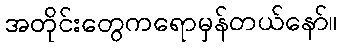
အတိုင်းတွေကရောမှန်တယ်နော်။